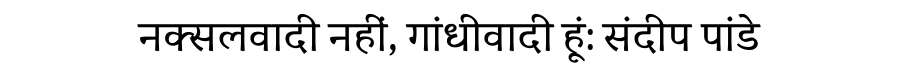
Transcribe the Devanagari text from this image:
नक्सलवादी नहीं, गांधीवादी हूूं: संदीप पांडे